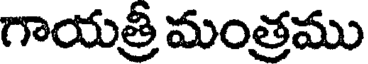
గాయత్రీ మంత్రము